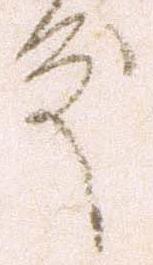
殿